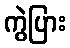
ကွဲပြား